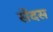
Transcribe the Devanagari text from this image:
सेंदस